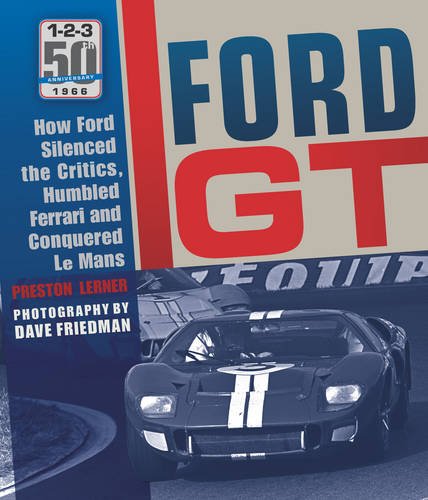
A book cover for Ford GT: How Ford Silenced the Critics, Humbled Ferrari and Conquered Le Mans; Preston Lerner; Engineering & Transportation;